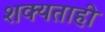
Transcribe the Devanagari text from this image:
शक्‍यताही